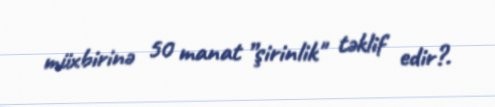
müxbirinə 50 manat ”şirinlik" təklif edir?.